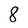
Character: 8